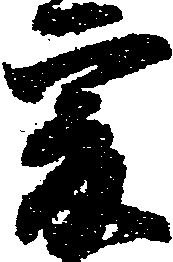
爰